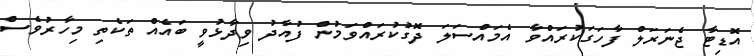
އޮޑިޓާ ޖެނަރަލް ފާހަގަކުރައްވާ އެމައްސަލަ ދޮގުކުރައްވަމުން ފުއާދު ވިދާޅުވީ ބައެއް ތަކެތި މިހާރުވެސް